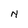
Character: N